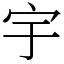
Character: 宇